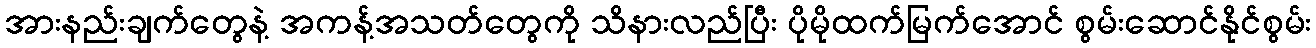
အားနည်းချက်တွေနဲ့ အကန့်အသတ်တွေကို သိနားလည်ပြီး ပိုမိုထက်မြက်အောင် စွမ်းဆောင်နိုင်စွမ်း